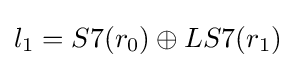
l_{1}=S7(r_{0})\oplus LS7(r_{1})